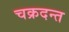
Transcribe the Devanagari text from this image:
चक्रदन्त